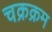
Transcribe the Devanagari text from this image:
चक्रक्रम